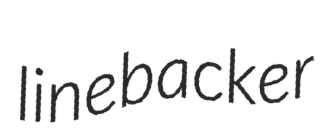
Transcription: linebacker